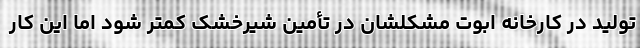
تولید در کارخانه ابوت مشکلشان در تأمین شیرخشک کمتر شود اما این کار